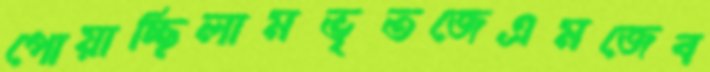
পোয়াচ্ছিলামভৃতজেএমজেব